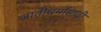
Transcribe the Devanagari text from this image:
जातीधर्मांसाठी